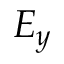
E _ { y }